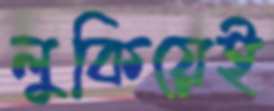
লুকিয়েই